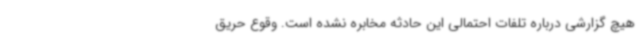
هیچ گزارشی درباره تلفات احتمالی این حادثه مخابره نشده است. وقوع حریق